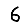
Digit: 6